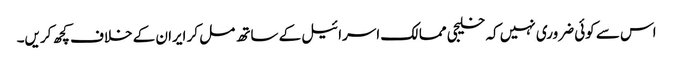
اس سے کوئی ضروری نہیں کہ خلیجی ممالک اسرائیل کے ساتھ مل کر ایران کے خلاف کچھ کریں۔